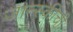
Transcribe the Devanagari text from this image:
जान्स्कीची